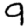
Digit: 9